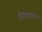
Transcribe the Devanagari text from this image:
इंद्रपदाने